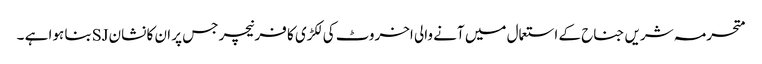
متحرمہ شریں جناح کے استعمال میں آنے والی اخروٹ کی لکڑی کا فرنیچر جس پر ان کا نشان SJبنا ہوا ہے ۔